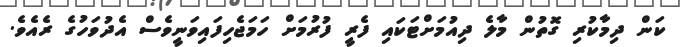
ކަން ދިމާކުރި ގޮތުން މާލެ ދިއުމަށްޓަކައި ފެރީ ފުރުމަށް ހަމަޖެހިފައިވަނީވެސް އެދުވަހުގެ ރެއެވެ.